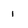
Character: I